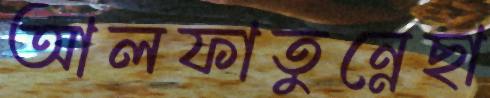
আলফাতুন্নেছা